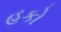
હકો